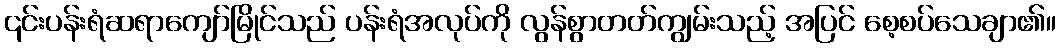
၎င်းပန်းရံဆရာကျော်မြိုင်သည် ပန်းရံအလုပ်ကို လွန်စွာတတ်ကျွမ်းသည့် အပြင် စေ့စပ်သေချာ၏။